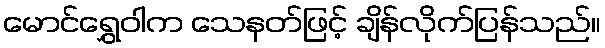
မောင်ရွှေဝါက သေနတ်ဖြင့် ချိန်လိုက်ပြန်သည်။